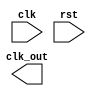
module freqdivider(clk,rst,clk_out);
input clk,rst;
output clk_out;
reg[15:0] counter;

always @(posedge clk or negedge rst)
begin
if(!rst)
counter<=16'd0;
else
if(counter==16'd50000)
counter<=16'd0;
else
counter<=counter+1;
end

assign out_clk = (counter == 16'd50000);

endmodule